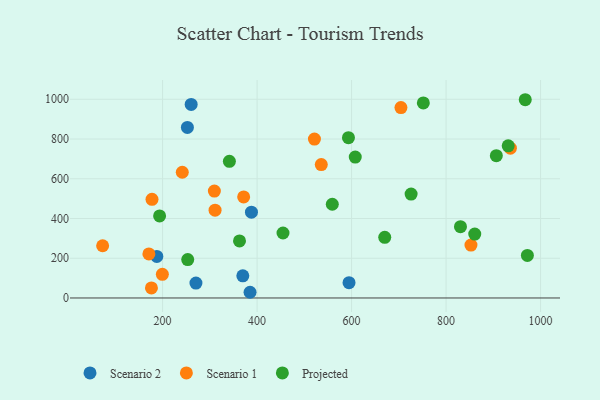
{"axis": {"x": "Speed", "y": "Yield"}, "legend": ["Projected", "Scenario 1", "Scenario 2"], "data": [{"x": "385.1", "y": 28.7, "type": "Scenario 2"}, {"x": "369.8", "y": 111.4, "type": "Scenario 2"}, {"x": "260.5", "y": 973.9, "type": "Scenario 2"}, {"x": "388.1", "y": 431.9, "type": "Scenario 2"}, {"x": "270.6", "y": 74.8, "type": "Scenario 2"}, {"x": "252.5", "y": 858.4, "type": "Scenario 2"}, {"x": "187.8", "y": 208.9, "type": "Scenario 2"}, {"x": "594.6", "y": 76.9, "type": "Scenario 2"}, {"x": "73.1", "y": 262.8, "type": "Scenario 1"}, {"x": "199.5", "y": 119.1, "type": "Scenario 1"}, {"x": "704.5", "y": 958.2, "type": "Scenario 1"}, {"x": "936.1", "y": 753.8, "type": "Scenario 1"}, {"x": "309.6", "y": 538.2, "type": "Scenario 1"}, {"x": "535.9", "y": 671.3, "type": "Scenario 1"}, {"x": "521.4", "y": 799.9, "type": "Scenario 1"}, {"x": "311.1", "y": 441.8, "type": "Scenario 1"}, {"x": "241.7", "y": 632.8, "type": "Scenario 1"}, {"x": "176.4", "y": 50.8, "type": "Scenario 1"}, {"x": "371.6", "y": 508.5, "type": "Scenario 1"}, {"x": "177.6", "y": 496.7, "type": "Scenario 1"}, {"x": "171.0", "y": 221.8, "type": "Scenario 1"}, {"x": "852.7", "y": 266.5, "type": "Scenario 1"}, {"x": "860.7", "y": 321.7, "type": "Projected"}, {"x": "751.9", "y": 981.9, "type": "Projected"}, {"x": "906.4", "y": 716.2, "type": "Projected"}, {"x": "253.2", "y": 193.2, "type": "Projected"}, {"x": "559.2", "y": 471.8, "type": "Projected"}, {"x": "454.9", "y": 327.1, "type": "Projected"}, {"x": "341.4", "y": 687.8, "type": "Projected"}, {"x": "830.5", "y": 359.0, "type": "Projected"}, {"x": "931.5", "y": 765.9, "type": "Projected"}, {"x": "670.2", "y": 305.5, "type": "Projected"}, {"x": "967.6", "y": 997.8, "type": "Projected"}, {"x": "972.1", "y": 214.3, "type": "Projected"}, {"x": "193.7", "y": 412.9, "type": "Projected"}, {"x": "726.0", "y": 522.8, "type": "Projected"}, {"x": "362.8", "y": 287.3, "type": "Projected"}, {"x": "607.8", "y": 709.4, "type": "Projected"}, {"x": "593.4", "y": 806.7, "type": "Projected"}]}